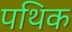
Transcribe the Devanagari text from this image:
पथिक